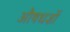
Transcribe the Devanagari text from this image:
औषधज्ञों